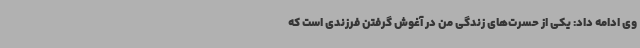
وی ادامه داد: یکی از حسرت‌های زندگی من در آغوش گرفتن فرزندی است که